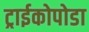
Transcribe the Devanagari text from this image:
ट्राईकोपोडा